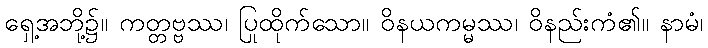
ရှေ့အဘို့၌။ ကတ္တဗ္ဗဿ၊ ပြုထိုက်သော။ ဝိနယကမ္မဿ၊ ဝိနည်းကံ၏။ နာမံ၊